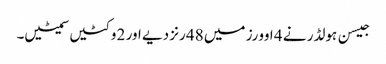
جیسن ہولڈر نے 4 اوورز میں 48 رنز دیے اور 2 وکٹیں سمیٹیں۔